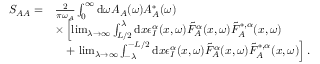
\begin{array} { r l } { S _ { A A } = } & { \frac { 2 } { \pi \omega _ { A } } \int _ { 0 } ^ { \infty } \mathrm { d } \omega A _ { A } ( \omega ) A _ { A } ^ { * } ( \omega ) } \\ & { \times \left[ \operatorname* { l i m } _ { \lambda \to \infty } \int _ { L / 2 } ^ { \lambda } \mathrm { d } x \epsilon _ { I } ^ { \alpha } ( x , \omega ) \tilde { F } _ { A } ^ { \alpha } ( x , \omega ) \tilde { F } _ { A } ^ { * , \alpha } ( x , \omega ) \right. } \\ & { \quad + \left. \operatorname* { l i m } _ { \lambda \to \infty } \int _ { - \lambda } ^ { - L / 2 } \mathrm { d } x \epsilon _ { I } ^ { \alpha } ( x , \omega ) \tilde { F } _ { A } ^ { \alpha } ( x , \omega ) \tilde { F } _ { A } ^ { * , \alpha } ( x , \omega ) \right] . } \end{array}